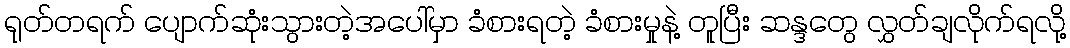
ရုတ်တရက် ပျောက်ဆုံးသွားတဲ့အပေါ်မှာ ခံစားရတဲ့ ခံစားမှုနဲ့ တူပြီး ဆန္ဒတွေ လွှတ်ချလိုက်ရလို့